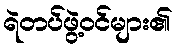
ရဲတပ်ဖွဲ့ဝင်များ၏